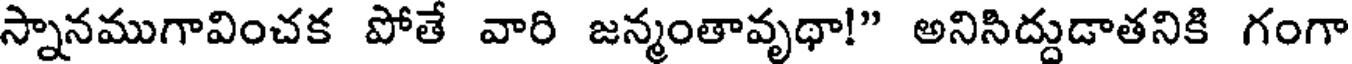
స్నానముగావించక పోతే వారి జన్మంతావృథా!" అనిసిద్దుడాతనికి గంగా